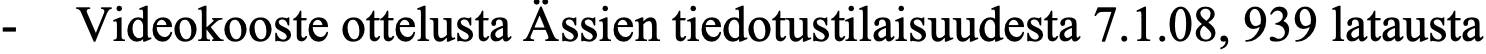
- Videokooste ottelusta Ässien tiedotustilaisuudesta 7.1.08, 939 latausta